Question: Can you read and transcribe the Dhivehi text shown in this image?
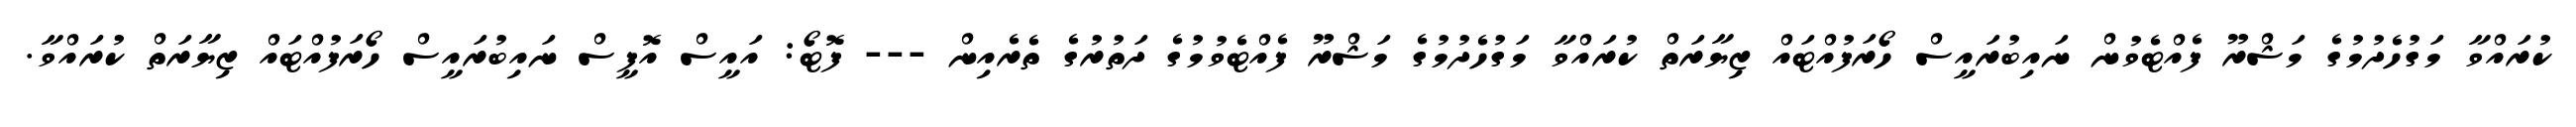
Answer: ކުރައްވާ މަގުހެދުމުގެ މަޝްރޫ ފެއްޓެވުން ނައިބުރައީސް ހޯރަފުއްޓައް ޒިޔާރަތް ކުރައްވާ މަގުހެދުމުގެ މަޝްރޫ ފެއްޓެވުމުގެ ދަތުރުގެ ތެރެއިން --- ފޮޓޯ: އައީސް އޮފީސް ނައިބުރައީސް ހޯރަފުއްޓައް ޒިޔާރަތް ކުރައްވާ.